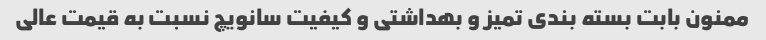
ممنون بابت بسته بندی تمیز و بهداشتی و کیفیت سانویچ نسبت به قیمت عالی